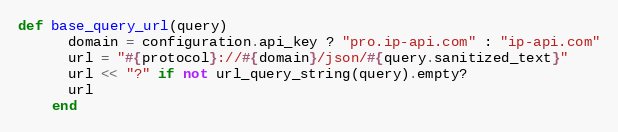
Language: Ruby
def base_query_url(query)
      domain = configuration.api_key ? "pro.ip-api.com" : "ip-api.com"
      url = "#{protocol}://#{domain}/json/#{query.sanitized_text}"
      url << "?" if not url_query_string(query).empty?
      url
    end